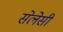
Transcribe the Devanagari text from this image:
सेलेसी